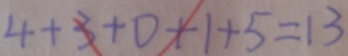
4 + 3 + 0 + 1 + 5 = 1 3